Indian Medical Review
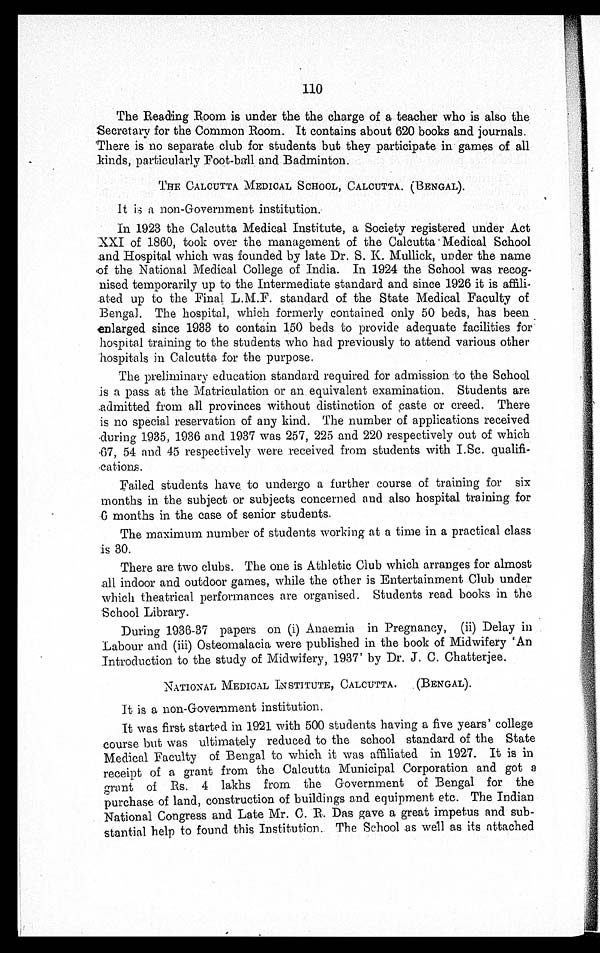
110
The Reading Room is under the the charge of a teacher who is also the
Secretary for the Common Room. It contains about 620 books and journals.
There is no separate club for students but they participate in games of all
kinds, particularly Foot-ball and Badminton.
THE CALCUTTA MEDICAL SCHOOL, CALCUTTA. (BENGAL).
It is a non-Government institution.
In 1923 the Calcutta Medical Institute, a Society registered under Act
XXI of 1860, took over the management of the Calcutta Medical School
and Hospital which was founded by late Dr. S. K. Mullick, under the name
of the National Medical College of India. In 1924 the School was recog-
nised temporarily up to the Intermediate standard and since 1926 it is affili-
ated up to the Final L.M.F. standard of the State Medical Faculty of
Bengal. The hospital, which formerly contained only 50 beds, has been
enlarged since 1933 to contain 150 beds to provide adequate facilities for
hospital training to the students who had previously to attend various other
hospitals in Calcutta for the purpose.
The preliminary education standard required for admission to the School
is a pass at the Matriculation or an . equivalent examination. Students are
.admitted from all provinces without distinction of paste or creed. There
is no special reservation of any kind. The number of applications received
during 1935, 1936 and 1937 was 257, 225 and 220 respectively out of which
67, 54 and 45 respectively were received from students with I.Sc. qualifi
-cations.
Failed students have to undergo a further course of training for six
months in the subject or subjects concerned and also hospital training for
6 months in the case of senior students.
The maximum number of students working at a time in a practical class
is 30.
There are two clubs. The one is Athletic Club which arranges for almost
all indoor and outdoor games, while the other is Entertainment Club under
which theatrical performances are organised. Students read books in the
School Library.
During 1936-37 papers on (i) Anaemia in Pregnancy, (ii) Delay in
Labour and (iii) Osteomalacia were published in the book of Midwifery 'An
Introduction to the study of Midwifery, 1937' by Dr. J. C. Chatterjee.
NATIONAL MEDICAL INSTITUTE, CALCUTTA. (BENGAL).
It is a non-Government institution.
It was first started in 1921 with 500 students having a five years' college
course but was ultimately reduced to the school standard of the State
Medical Faculty of Bengal to which it was affiliated in 1927. It is in
receipt of a grant from the Calcutta Municipal Corporation and got a
grant of Rs. 4 lakhs from the Government of Bengal for the
purchase of land, construction of buildings and equipment etc. The Indian
National Congress and Late Mr. C. R. Das gave a great impetus and sub-
stantial help to found this Institution. The School as well as its attached